King Institute of Preventive Medicine Micro-Biological Section reports 1909-11
Year: 1909
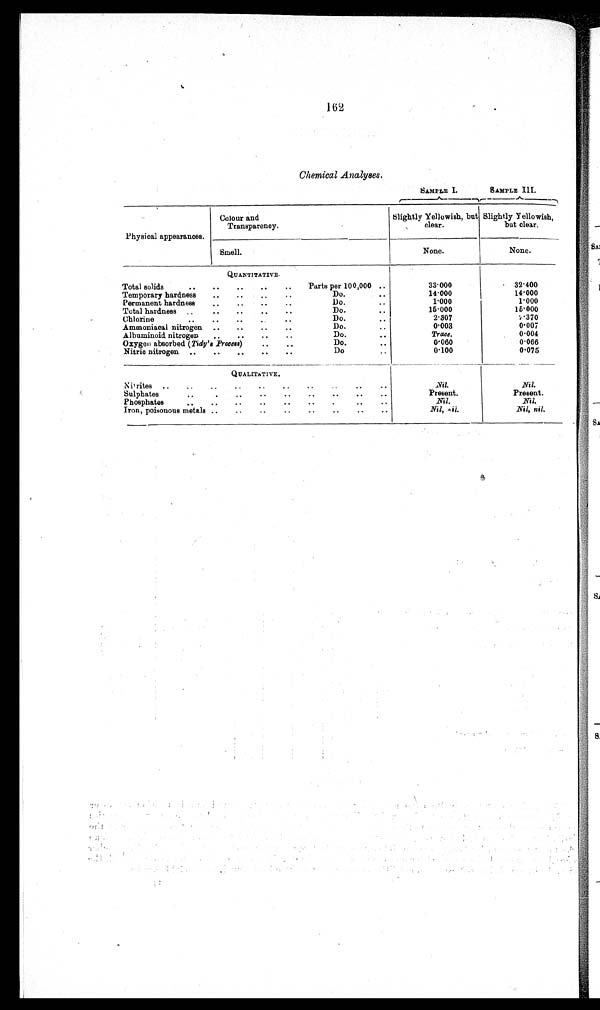
162
Chemical Analyses.
SAMPLE I.
SAMPLE III.
Physical appearances.
Colour and
Transparency.
Slightly Yellowish, but
clear.
Slightly Yellowish,
but clear.
Smell.
None.
None.
QUANTITATIVE.
Total solids
Parts per 100,000
33·000
32·400
Temporary hardness
Do.
14·000
14·000
Permanent hardness
Do.
1·000
1·000
Total hardness
Do.
15·000
15·000
Chlorine
Do.
2·307
1·370
Ammoniacal nitrogen
Do.
0·003
0·007
Albuminoid nitrogen
Do.
Trace.
0·004
Oxygen absorbed ( Tidy's Process)
Do.
0·060
0·066
Nitric nitrogen
Do.
0 • 1 0 0
0·075
QUALITATIVE.
Nitrites
Nil.
Nil.
Sulphates
Present.
Present.
Phosphates
Nil.
Nil.
Iron, poisonous metals
Nil, nil.
Nil, nil.